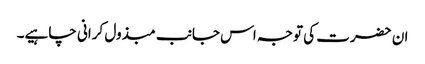
ان حضرت کی توجہ اس جانب مبذول کرانی چاہیے۔